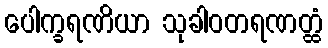
ပေါက္ခရဏိယာ သုခါဝတရဏတ္ထံ